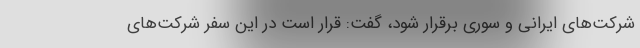
شرکت‌های ایرانی و سوری برقرار شود، گفت: قرار است در این سفر شرکت‌های